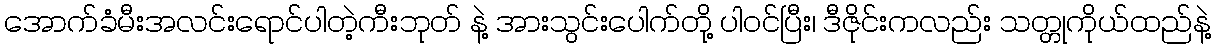
အောက်ခံမီးအလင်းရောင်ပါတဲ့ကီးဘုတ် နဲ့ အားသွင်းပေါက်တို့ ပါဝင်ပြီး၊ ဒီဇိုင်းကလည်း သတ္တုကိုယ်ထည်နဲ့